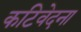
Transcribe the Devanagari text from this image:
कटिवेदना